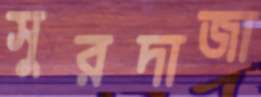
সুরদাজা